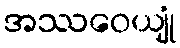
အဿဝေယျုံ